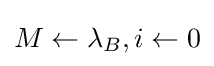
M\leftarrow \lambda _{B},i\leftarrow 0